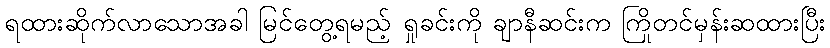
ရထားဆိုက်လာသောအခါ မြင်တွေ့ရမည့် ရှုခင်းကို ချာနီဆင်းက ကြိုတင်မှန်းဆထားပြီး